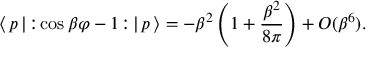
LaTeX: \langle \, p \, | \! : \! \cos \beta \varphi - 1 \! : \! | \, p \, \rangle = - \beta ^ { 2 } \left( 1 + \frac { \beta ^ { 2 } } { 8 \pi } \right) + O ( \beta ^ { 6 } ) .